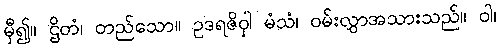
မှီ၍။ ဌိတံ၊ တည်သော။ ဥဒရဇိဝှါ မံသံ၊ ဝမ်းလွှာအသားသည်။ ဝါ၊